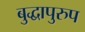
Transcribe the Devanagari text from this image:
बुद्धापुरुप